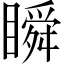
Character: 瞬